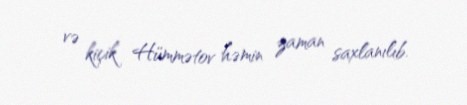
və kiçik Hümmətov həmin zaman saxlanılıb.